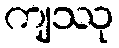
ကျဿု